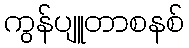
ကွန်ပျူတာစနစ်